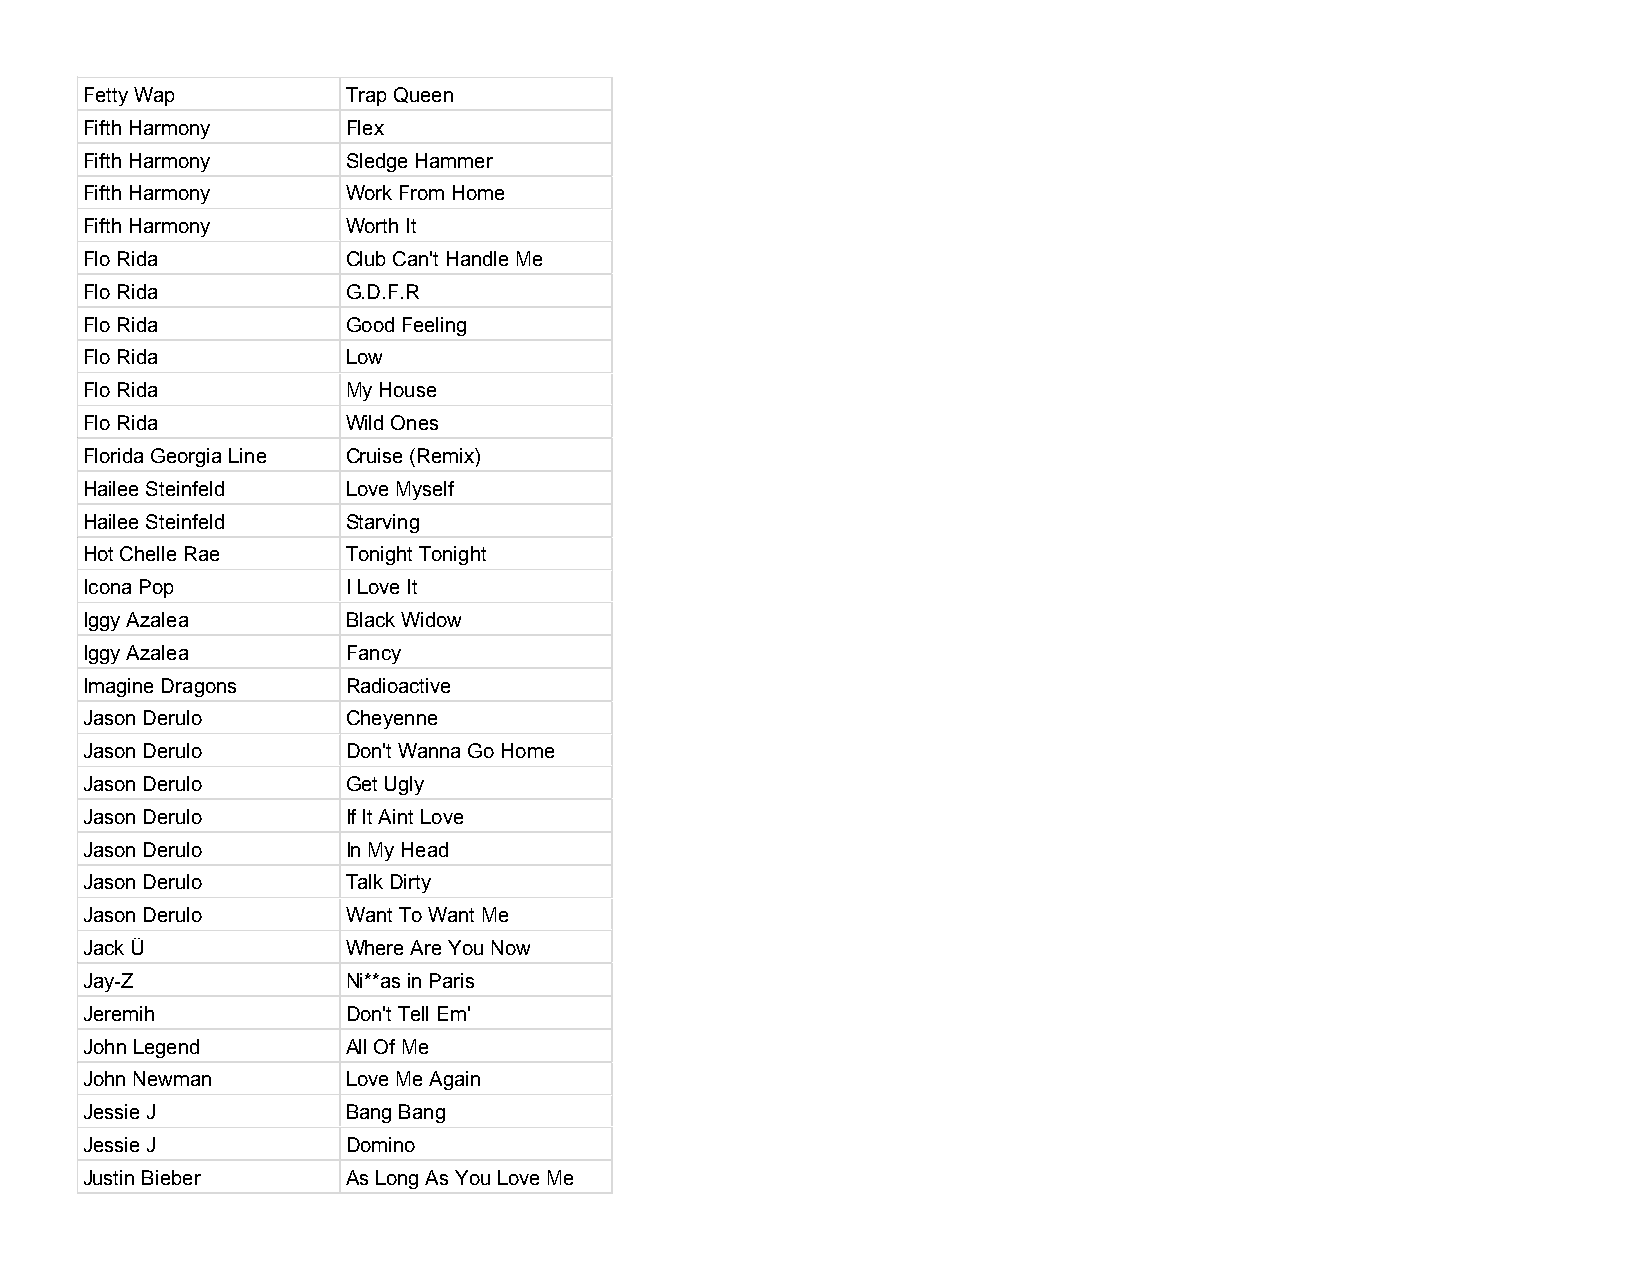
Fetty Wap         Trap Queen
 Fifth Harmony     Flex
 Fifth Harmony     Sledge Hammer
 Fifth Harmony     Work From Home
 Fifth Harmony     Worth It
 Flo Rida          Club Can't Handle Me
 Flo Rida          G.D.F.R
 Flo Rida          Good Feeling
 Flo Rida          Low
 Flo Rida          My House
 Flo Rida          Wild Ones
 Florida Georgia Line Cruise (Remix)
 Hailee Steinfeld  Love Myself
 Hailee Steinfeld  Starving
 Hot Chelle Rae    Tonight Tonight
 Icona Pop         I Love It
 Iggy Azalea       Black Widow
 Iggy Azalea       Fancy
 Imagine Dragons   Radioactive
 Jason Derulo      Cheyenne
 Jason Derulo      Don't Wanna Go Home
 Jason Derulo      Get Ugly
 Jason Derulo      If It Aint Love
 Jason Derulo      In My Head
 Jason Derulo      Talk Dirty
 Jason Derulo      Want To Want Me
 Jack Ü            Where Are You Now
 Jay-Z             Ni**as in Paris
 Jeremih           Don't Tell Em'
 John Legend       All Of Me
 John Newman       Love Me Again
 Jessie J          Bang Bang
 Jessie J          Domino
 Justin Bieber     As Long As You Love Me